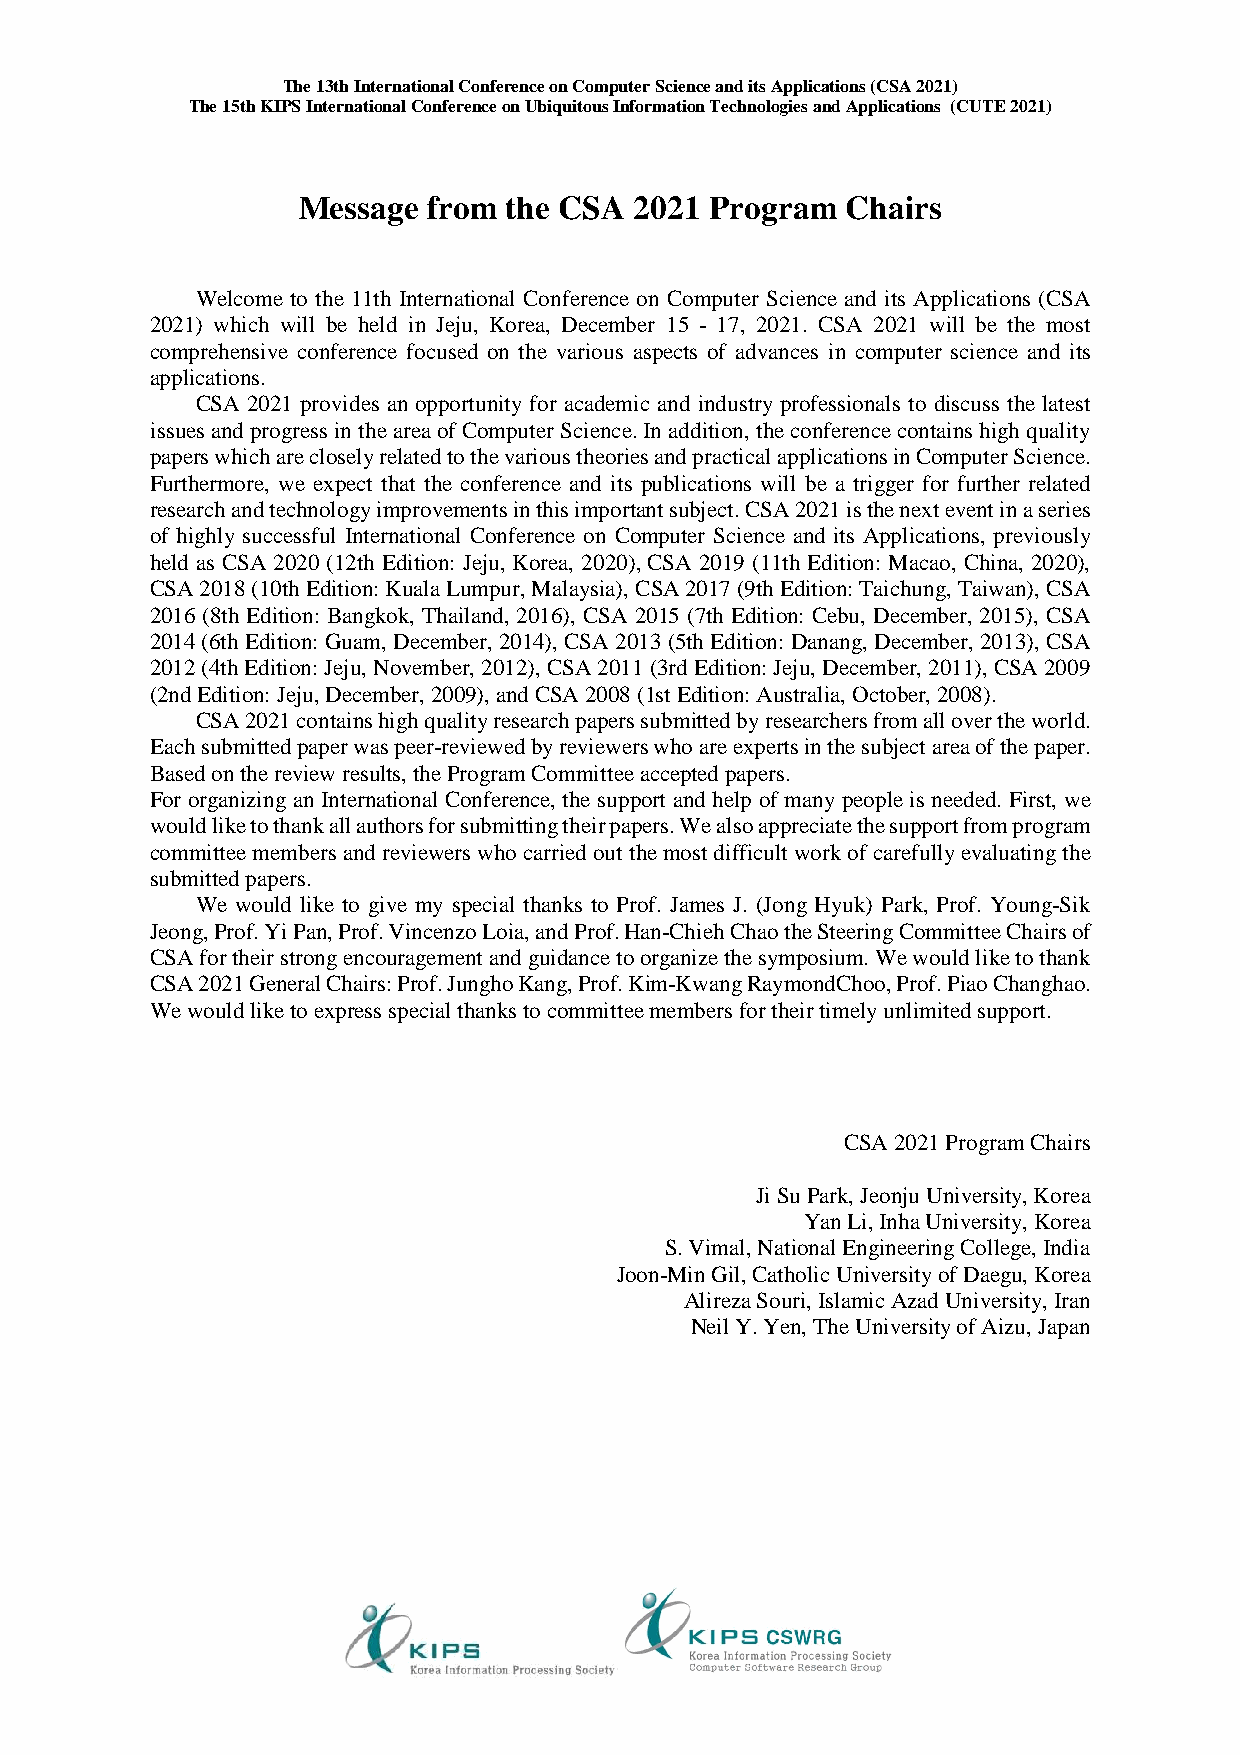
The 13th International Conference on Computer Science and its Applications (CSA 2021)
 The 15th KIPS International Conference on Ubiquitous Information Technologies and Applications (CUTE 2021)
 Message from  the CSA 2021 Program  Chairs
 Welcome to the 11th International Conference on Computer Science and its Applications (CSA
 2021) which will be held in Jeju, Korea, December 15 - 17, 2021. CSA 2021 will be the most
 comprehensive conference focused on the various aspects of advances in computer science and its
 applications.
 CSA 2021 provides an opportunity for academic and industry professionals to discuss the latest
 issues and progress in the area of Computer Science. In addition, the conference contains high quality
 papers which are closely related to the various theories and practical applications in Computer Science.
 Furthermore, we expect that the conference and its publications will be a trigger for further related
 research and technology improvements in this important subject. CSA 2021 is the next event in a series
 of highly successful International Conference on Computer Science and its Applications, previously
 held as CSA 2020 (12th Edition: Jeju, Korea, 2020), CSA 2019 (11th Edition: Macao, China, 2020),
 CSA 2018 (10th Edition: Kuala Lumpur, Malaysia), CSA 2017 (9th Edition: Taichung, Taiwan), CSA
 2016 (8th Edition: Bangkok, Thailand, 2016), CSA 2015 (7th Edition: Cebu, December, 2015), CSA
 2014 (6th Edition: Guam, December, 2014), CSA 2013 (5th Edition: Danang, December, 2013), CSA
 2012 (4th Edition: Jeju, November, 2012), CSA 2011 (3rd Edition: Jeju, December, 2011), CSA 2009
 (2nd Edition: Jeju, December, 2009), and CSA 2008 (1st Edition: Australia, October, 2008).
 CSA 2021 contains high quality research papers submitted by researchers from all over the world.
 Each submitted paper was peer-reviewed by reviewers who are experts in the subject area of the paper.
 Based on the review results, the Program Committee accepted papers.
 For organizing an International Conference, the support and help of many people is needed. First, we
 would like to thank all authors for submitting their papers. We also appreciate the support from program
 committee members and reviewers who carried out the most difficult work of carefully evaluating the
 submitted papers.
 We would like to give my special thanks to Prof. James J. (Jong Hyuk) Park, Prof. Young-Sik
 Jeong, Prof. Yi Pan, Prof. Vincenzo Loia, and Prof. Han-Chieh Chao the Steering Committee Chairs of
 CSA for their strong encouragement and guidance to organize the symposium. We would like to thank
 CSA 2021 General Chairs: Prof. Jungho Kang, Prof. Kim-Kwang RaymondChoo, Prof. Piao Changhao.
 We would like to express special thanks to committee members for their timely unlimited support.
 CSA 2021 Program Chairs
 Ji Su Park, Jeonju University, Korea
 Yan Li, Inha University, Korea
 S. Vimal, National Engineering College, India
 Joon-Min Gil, Catholic University of Daegu, Korea
 Alireza Souri, Islamic Azad University, Iran
 Neil Y. Yen, The University of Aizu, Japan